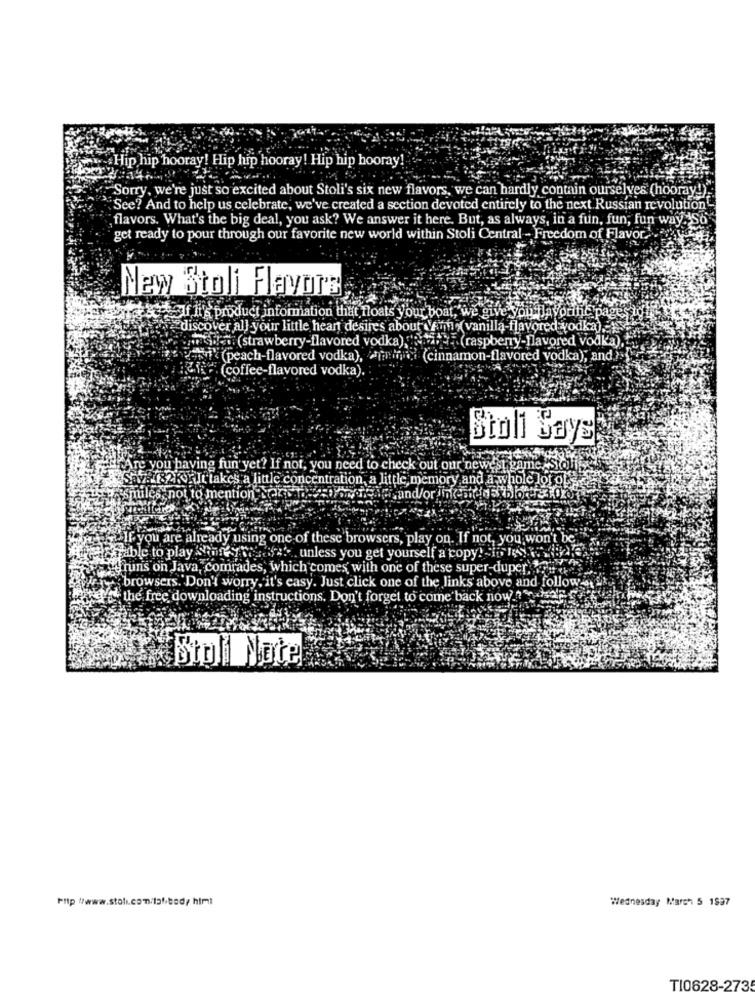
Hip hip hooray! Hip hip hooray! Hip hip hooray!
Sorry, we're just so excited about Stoli's six new flavors, we can hardly contain ourselves (hooray!).
"See? And to help us celebrate, we've created a section devoted entirely to the next Russian revolution"
flavors. What's the big deal, you ask? We answer it here. But, as always, in a fun, fun, fun way "S
get ready to pour through our favorite new world within Stoli Central - Freedom of Flavor ..
New Stoli Flavors
alf It's product information that fl
oats your boat, we give
discover all your little hean desires about Vm (vanilla-flavored vodka).
pestici (strawberry-flavored vodka) azte(raspberry-flavored vodka).t.
(peach-flavored vodka), ammini (cinnamon-flavored vodka), and ?»
(coffee-flavored vodka)
Stoli Says
e you having fun yet? If not, you need to check out our newest game Siol
78 182K), It takes a little concentration, a little, memory and a whole lot of se-
Asmiles, not to mention Narc
If you are already using one of these browsers, play on. If not, you won't be
Faible to play Storeaf ... unless you get yourself a copy! ho ny
runs on Java, comrades, which comes with one of these super duper,
browsers. Don't worry, it's easy. Just click one of the links above and follow -
& the free downloading instructions. Don't forget to come back now ? har
Stoll Nate
Wednesday March 5 1837
T10628-2735